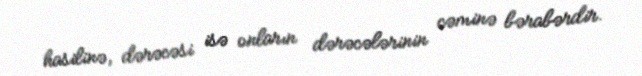
hasilinə, dərəcəsi isə onların dərəcələrinin cəminə bərabərdir.